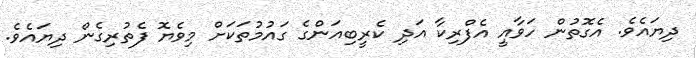
ދިޔައެވެ. އެގޮތުން ހަވާއީ އެފްރިކާ އަދި ކެރީބިއަންގެ ގައުމުތަކަށް މިވެޔޮ ފެތުރިގެން ދިޔައެވެ.